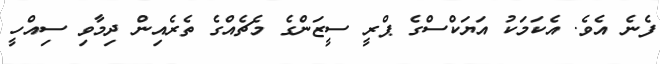
ފެނެ އެވެ. އެކަމަކު އަޔަކްސްގެ ޕްރީ ސީޒަންގެ މެޗެއްގެ ތެރެއިން ދިމާވި ސިއްހީ